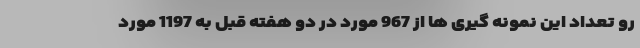
رو تعداد این نمونه گیری ها از 967 مورد در دو هفته قبل به 1197 مورد